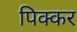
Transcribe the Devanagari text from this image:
पिक्कर